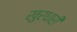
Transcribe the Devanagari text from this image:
खुरधारी